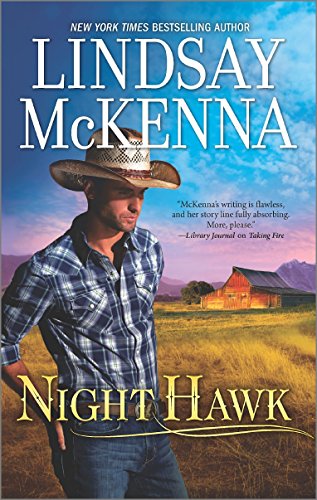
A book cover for Night Hawk (Jackson Hole, Wyoming); Lindsay McKenna; Romance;